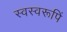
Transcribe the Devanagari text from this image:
स्वस्वरूपिं